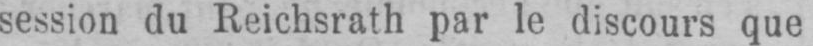
session du Reichsrath par le discours que